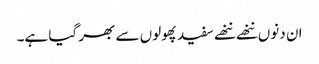
ان دنوں ننھے ننھے سفیدپھولوں سے بھر گیا ہے۔